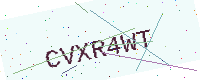
Text: CVXR4WT